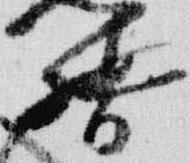
督